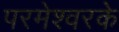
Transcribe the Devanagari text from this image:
परमेश्वरके